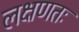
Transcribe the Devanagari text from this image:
लक्षणतः